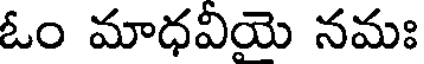
ఓం మాధవియె నమః